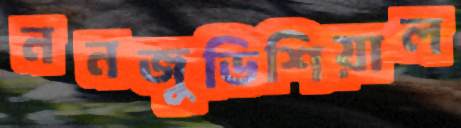
ননজুডিশিয়াল